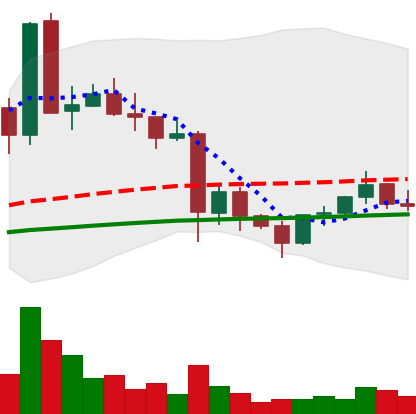
Ticker: EOS-USD
Chart end date: 2021-05-29
Forward return: 8.481%
Label: up_7plus